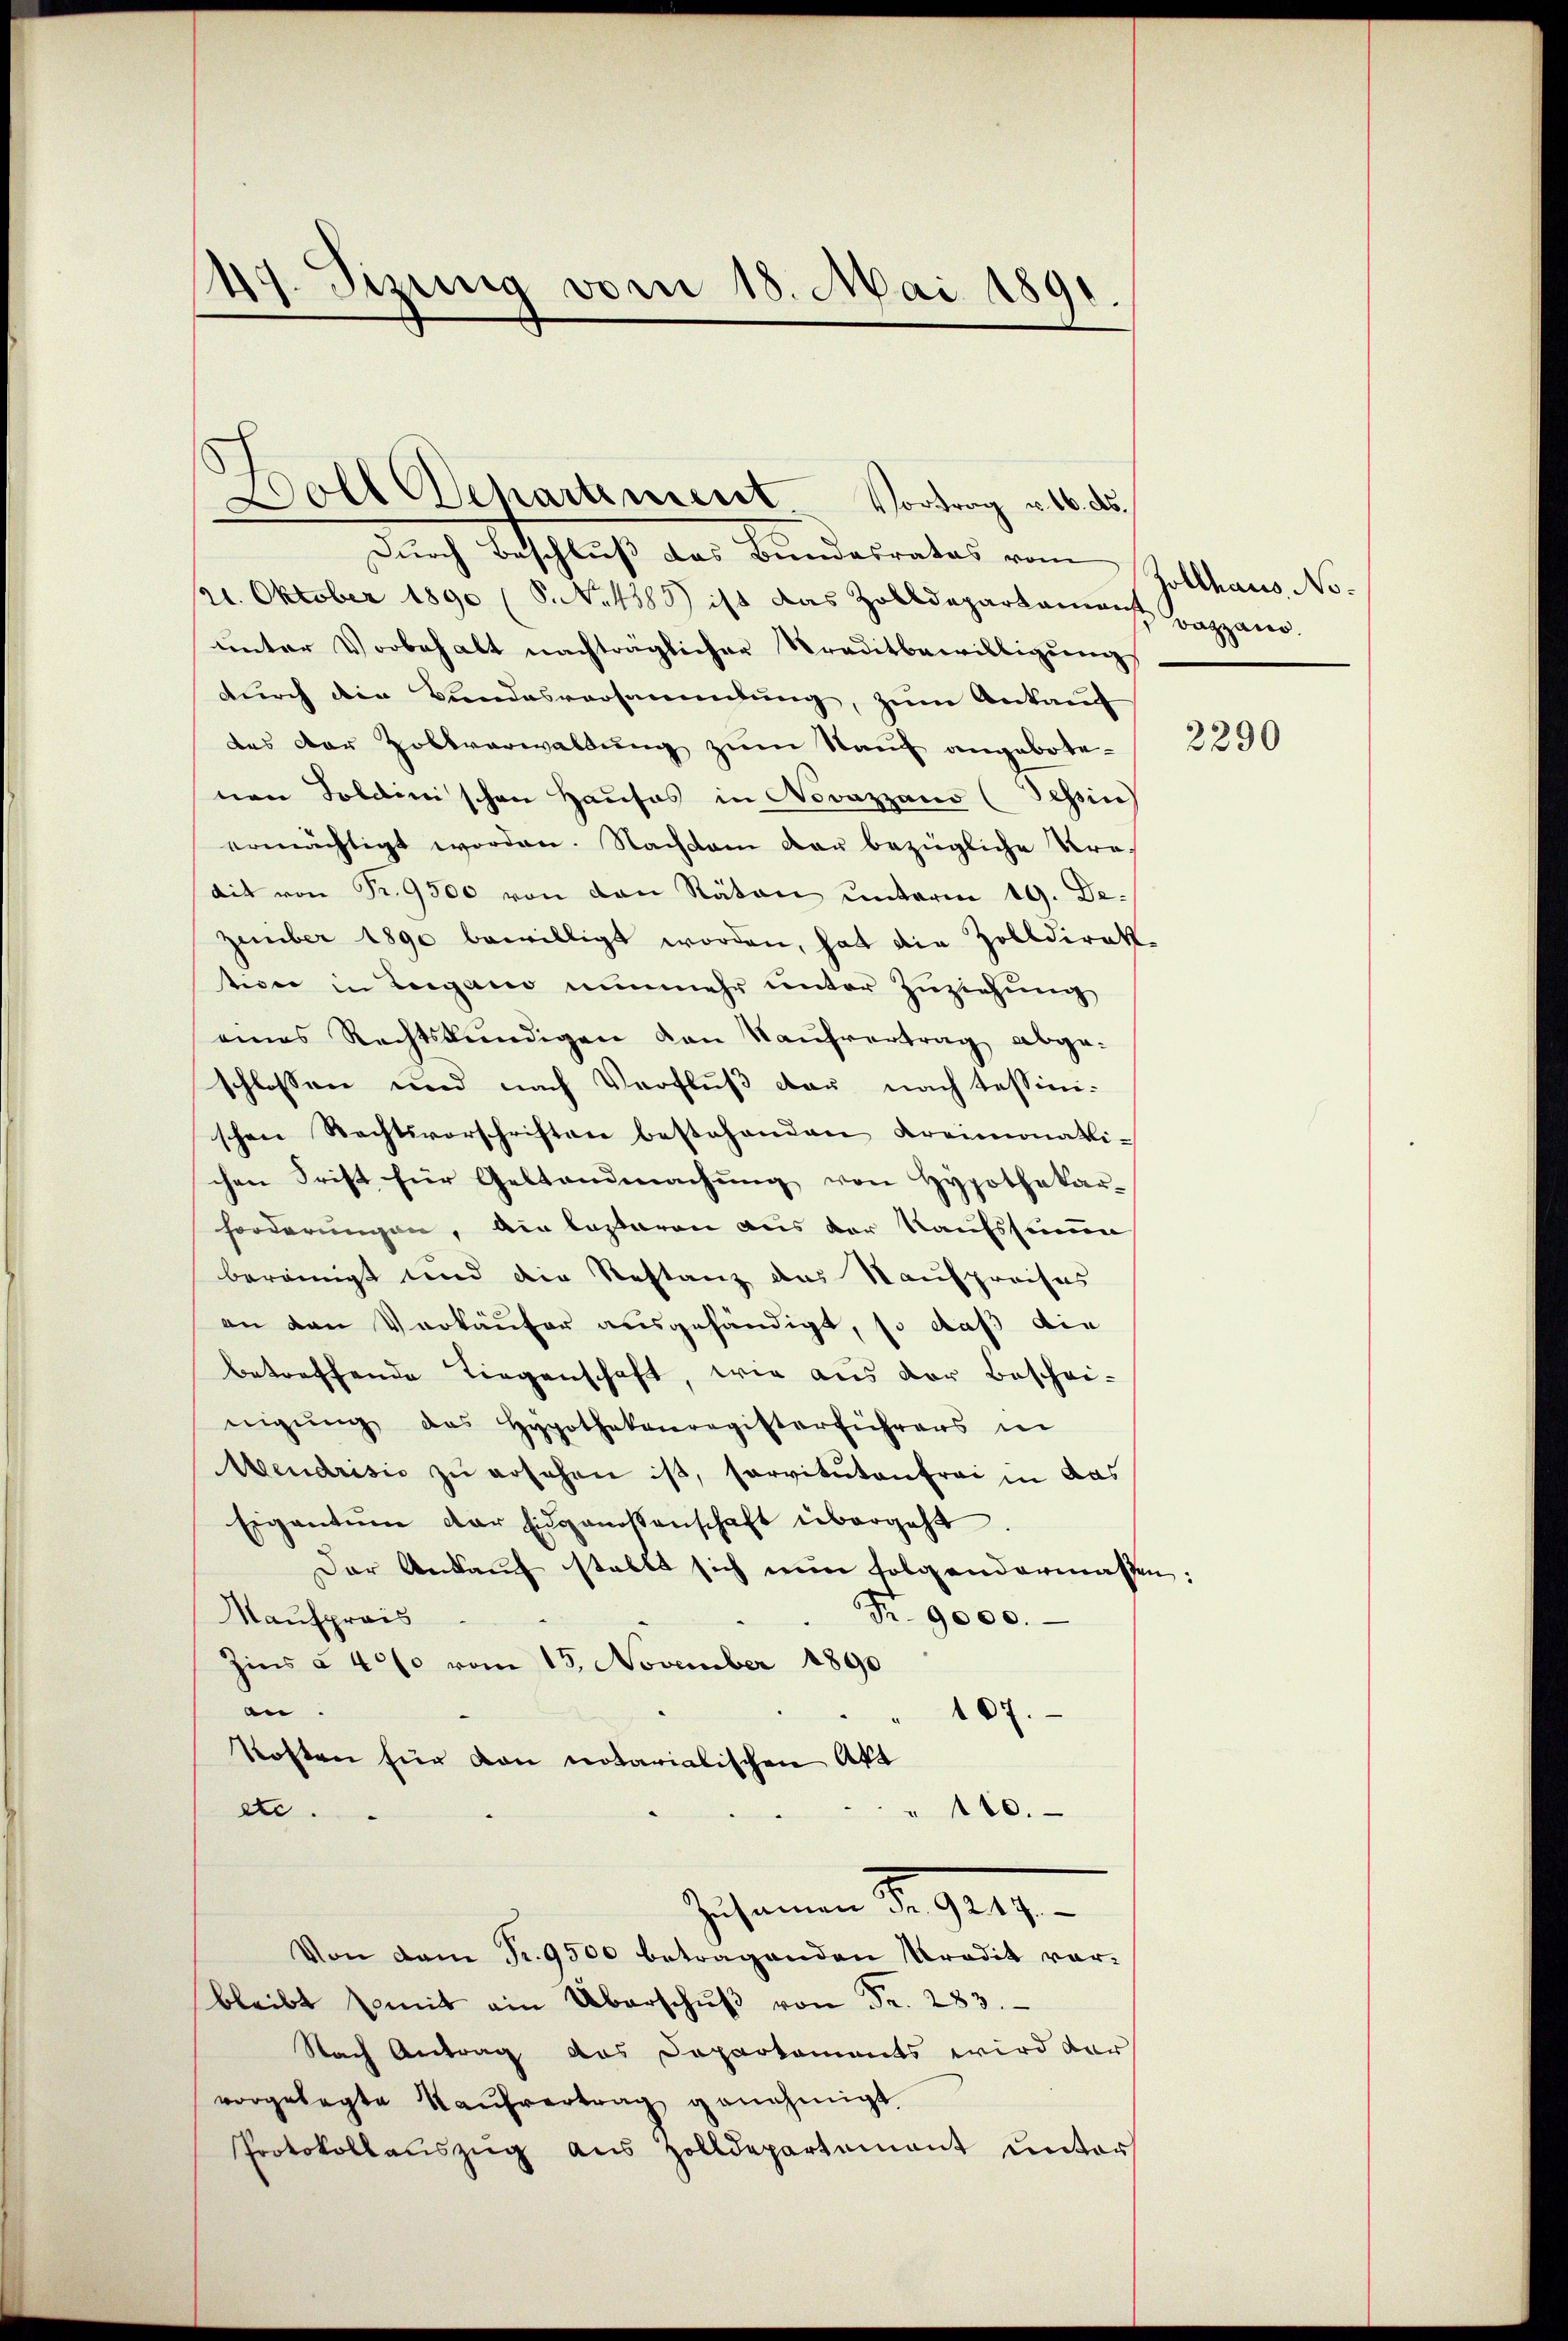
49. Sizung vom 18. Mai 1891.

Boll Departement Vortrag v. 16. ds.

Durch Beschluß das Bundesrates vom Zollhaus No¬
/1. Oktober 1890 (S. 4585) ist das Zolldepartament appano
ŭnter Vorbehalt nachträglicher Traditbewilligŭng
durch die Bundesversammlung, zum Ankauff
das der Zollverwaltung zum Nauf angebotenen Foldini schon Haŭses in Novazzano (Tessin
ermächtigt worden. Nachdem dar bezügliche Kredit von Fr. 9500 von den Räten unterm 19. De-
zember 1890 bewilligt worden, hat die Zolldirek
twer in Lorgano nunmehr unter Zuziehung
eines Rechtskundigen von Kaŭfvertrag abge-
schlossen und nach Verfluß der nach Tessini-
schen Rechtsvorschriften bestehenden Kreimonatli-
chen Frist für Geltendmachŭng von Hypothekar-
forderungen, ein lasseren aus der Kaufssummen
bereinigt und die Restanz das Kaufpreises
an den Verkäufer ausgehändigt, so daß die
betreffende Liegenschaft, wie aus der Beschei-
nigŭng das Hypothekenregisterführers in
Mendrisis zu ersehen ist, servituten frei in das
Eigentum der Eidgenossenschaft übergeht.
Der Ankauf stellt sich nun folgendermassen:
Nr. 9000.
Maufpreis
Zins à 4% vom 15. November 1890
en.
107.
Kosten für von notarialischen Akt
" 110.
ete.
Zusammen S. 9419
Von dem Fr. 9500 betragenden Kredit vor-
bleibt mit ain Überschŭβ von Fr. 283.
Nach Antrag das Departaments wird der
vorgelegte Kaŭfvertrag genehmigt.
Protokollauszug aus Zolldepartement unters

2290